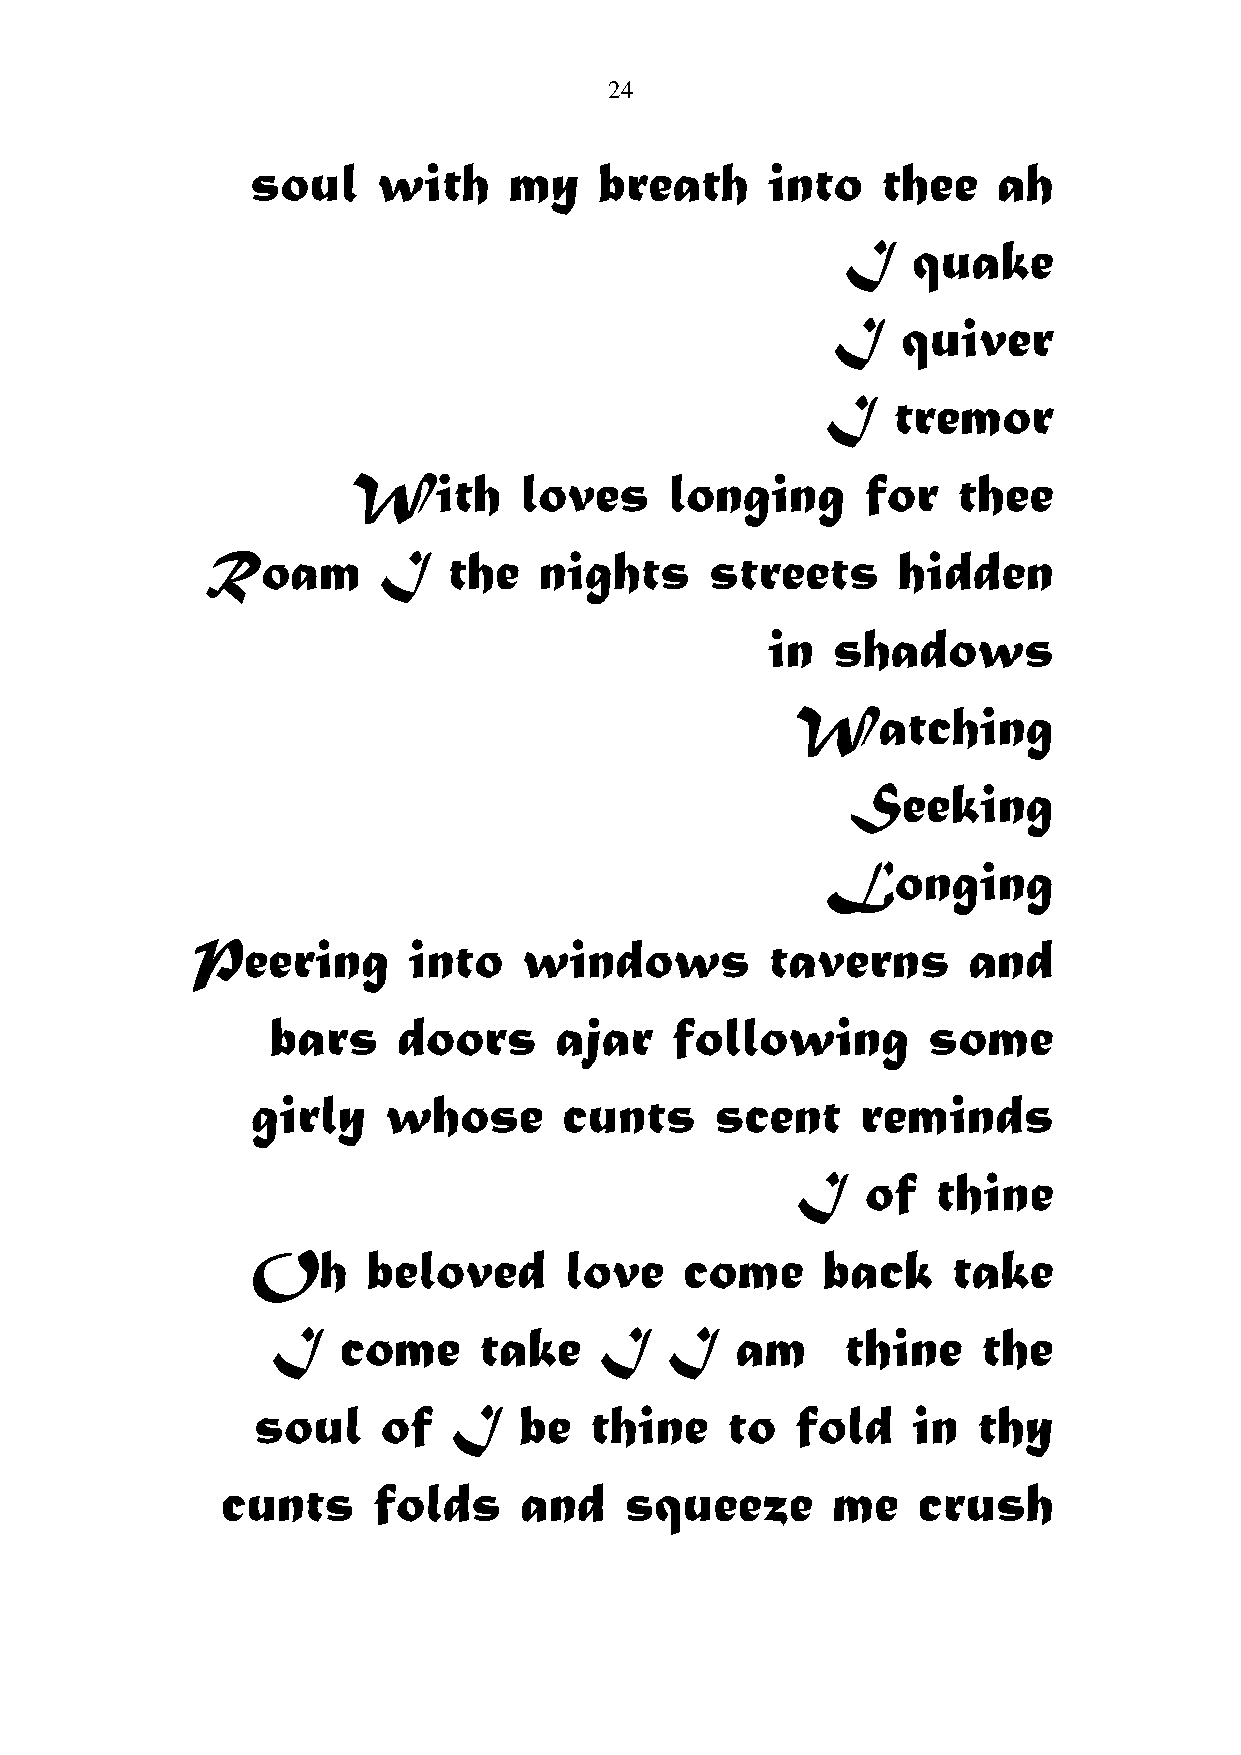
24
 soul    with     my    breath     into   thee    ah
 I   quake
 I    quiver
 I   tremor
 With       loves     longing      for   thee
 Roam       I    the   nights     streets     hidden
 in  shadows
 Watching
 Seeking
 Longing
 Peering       into    windows         taverns      and
 bars    doors      ajar   following        some
 girly   whose       cunts     scent     reminds
 I   of   thine
 Oh     beloved      love    come     back     take
 I   come      take    I   I    am     thine    the
 soul    of   I   be   thine    to   fold   in   thy
 cunts     folds    and    squeeze       me    crush